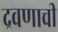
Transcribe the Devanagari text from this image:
द्रवणाची